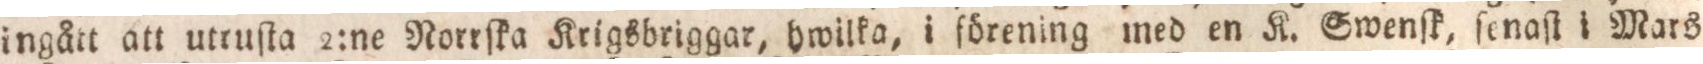
ingått att utruſta 2:ne Norrſka Krigsbriggar, hwilka, i förening med en K. Swenſk, ſenaſt i Mars